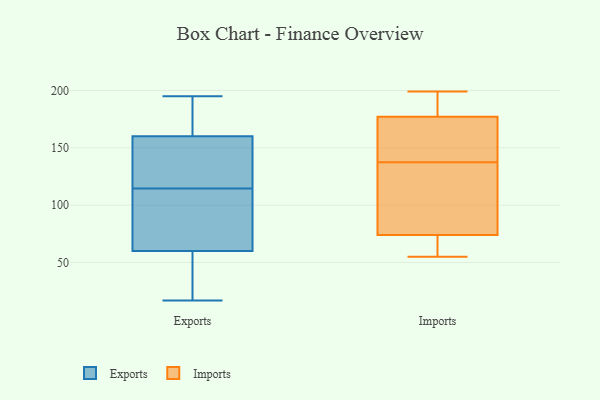
{"axis": {"x": "Humidity (%)", "y": "Value"}, "legend": ["Exports", "Imports"], "data": [{"x": "", "y": 17, "type": "Exports"}, {"x": "", "y": 152, "type": "Exports"}, {"x": "", "y": 123, "type": "Exports"}, {"x": "", "y": 192, "type": "Exports"}, {"x": "", "y": 58, "type": "Exports"}, {"x": "", "y": 195, "type": "Exports"}, {"x": "", "y": 37, "type": "Exports"}, {"x": "", "y": 72, "type": "Exports"}, {"x": "", "y": 122, "type": "Exports"}, {"x": "", "y": 195, "type": "Exports"}, {"x": "", "y": 147, "type": "Exports"}, {"x": "", "y": 174, "type": "Exports"}, {"x": "", "y": 108, "type": "Exports"}, {"x": "", "y": 62, "type": "Exports"}, {"x": "", "y": 97, "type": "Exports"}, {"x": "", "y": 29, "type": "Exports"}, {"x": "", "y": 121, "type": "Exports"}, {"x": "", "y": 168, "type": "Exports"}, {"x": "", "y": 77, "type": "Exports"}, {"x": "", "y": 44, "type": "Exports"}, {"x": "", "y": 199, "type": "Imports"}, {"x": "", "y": 186, "type": "Imports"}, {"x": "", "y": 178, "type": "Imports"}, {"x": "", "y": 73, "type": "Imports"}, {"x": "", "y": 82, "type": "Imports"}, {"x": "", "y": 167, "type": "Imports"}, {"x": "", "y": 123, "type": "Imports"}, {"x": "", "y": 152, "type": "Imports"}, {"x": "", "y": 157, "type": "Imports"}, {"x": "", "y": 60, "type": "Imports"}, {"x": "", "y": 158, "type": "Imports"}, {"x": "", "y": 74, "type": "Imports"}, {"x": "", "y": 70, "type": "Imports"}, {"x": "", "y": 121, "type": "Imports"}, {"x": "", "y": 187, "type": "Imports"}, {"x": "", "y": 55, "type": "Imports"}, {"x": "", "y": 74, "type": "Imports"}, {"x": "", "y": 177, "type": "Imports"}]}